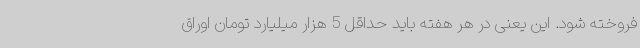
فروخته شود. این یعنی در هر هفته باید حداقل 5 هزار میلیارد تومان اوراق